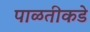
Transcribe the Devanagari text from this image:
पाळतीकडे